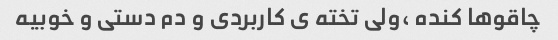
چاقوها کنده ،ولی تخته ی کاربردی و دم دستی و خوبیه